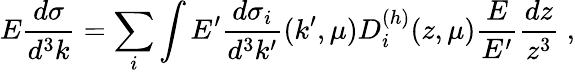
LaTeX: E\frac{d\sigma}{d^{3}k}=\sum_{i}\int E^{\prime}\frac{d\sigma_{i}}{d^{3}k^{\prime}}(k^{\prime},\mu)D_{i}^{(h)}(z,\mu)\frac{E}{E^{\prime}}\frac{dz}{z^{3}}\; ,